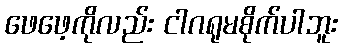
ဖေဖေ့ကိုလည်း ငါဂရုမစိုက်ပါဘူး